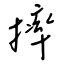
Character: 摔